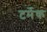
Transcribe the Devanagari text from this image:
टर्मेक